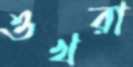
ওখরা